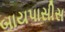
બાયપાસીસ